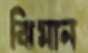
ঝিমান